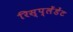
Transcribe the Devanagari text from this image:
रिस्प्लेंडेंट